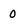
Character: 0